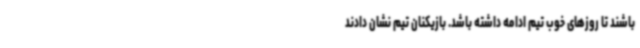
باشند تا روزهای خوب تیم ادامه داشته باشد. بازیکنان تیم نشان دادند